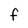
Character: f